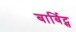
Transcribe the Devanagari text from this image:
बार्बिट्स